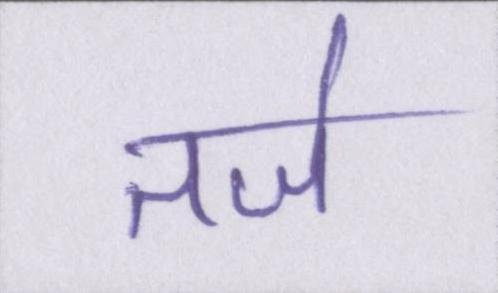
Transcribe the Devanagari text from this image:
तर्ज